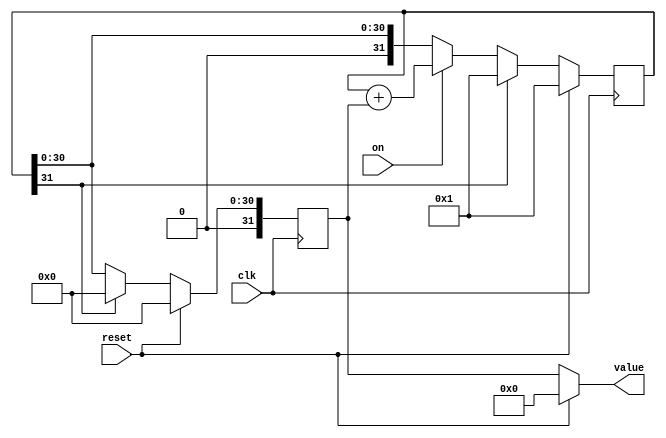
module fibonacci #(parameter WIDTH=32)
   (
    input wire clk,
    input wire reset,
    input wire on,
    output wire [WIDTH-1:0] value
);

    reg [WIDTH-1:0] current;
    reg [WIDTH-1:0] previous;
    wire msb;

    always @(posedge clk) begin
        if (reset) begin
            current <= 1;
            previous <= 0;
        end else begin
            if (msb) begin
                current <= 1;
                previous <= 0;
            end else begin
                if (on)
                    current <= current + previous;
                previous <= current;
            end
        end
    end

    assign value = reset ? {WIDTH{1'b0}}: previous;
    assign msb = current[WIDTH-1+0];

endmodule